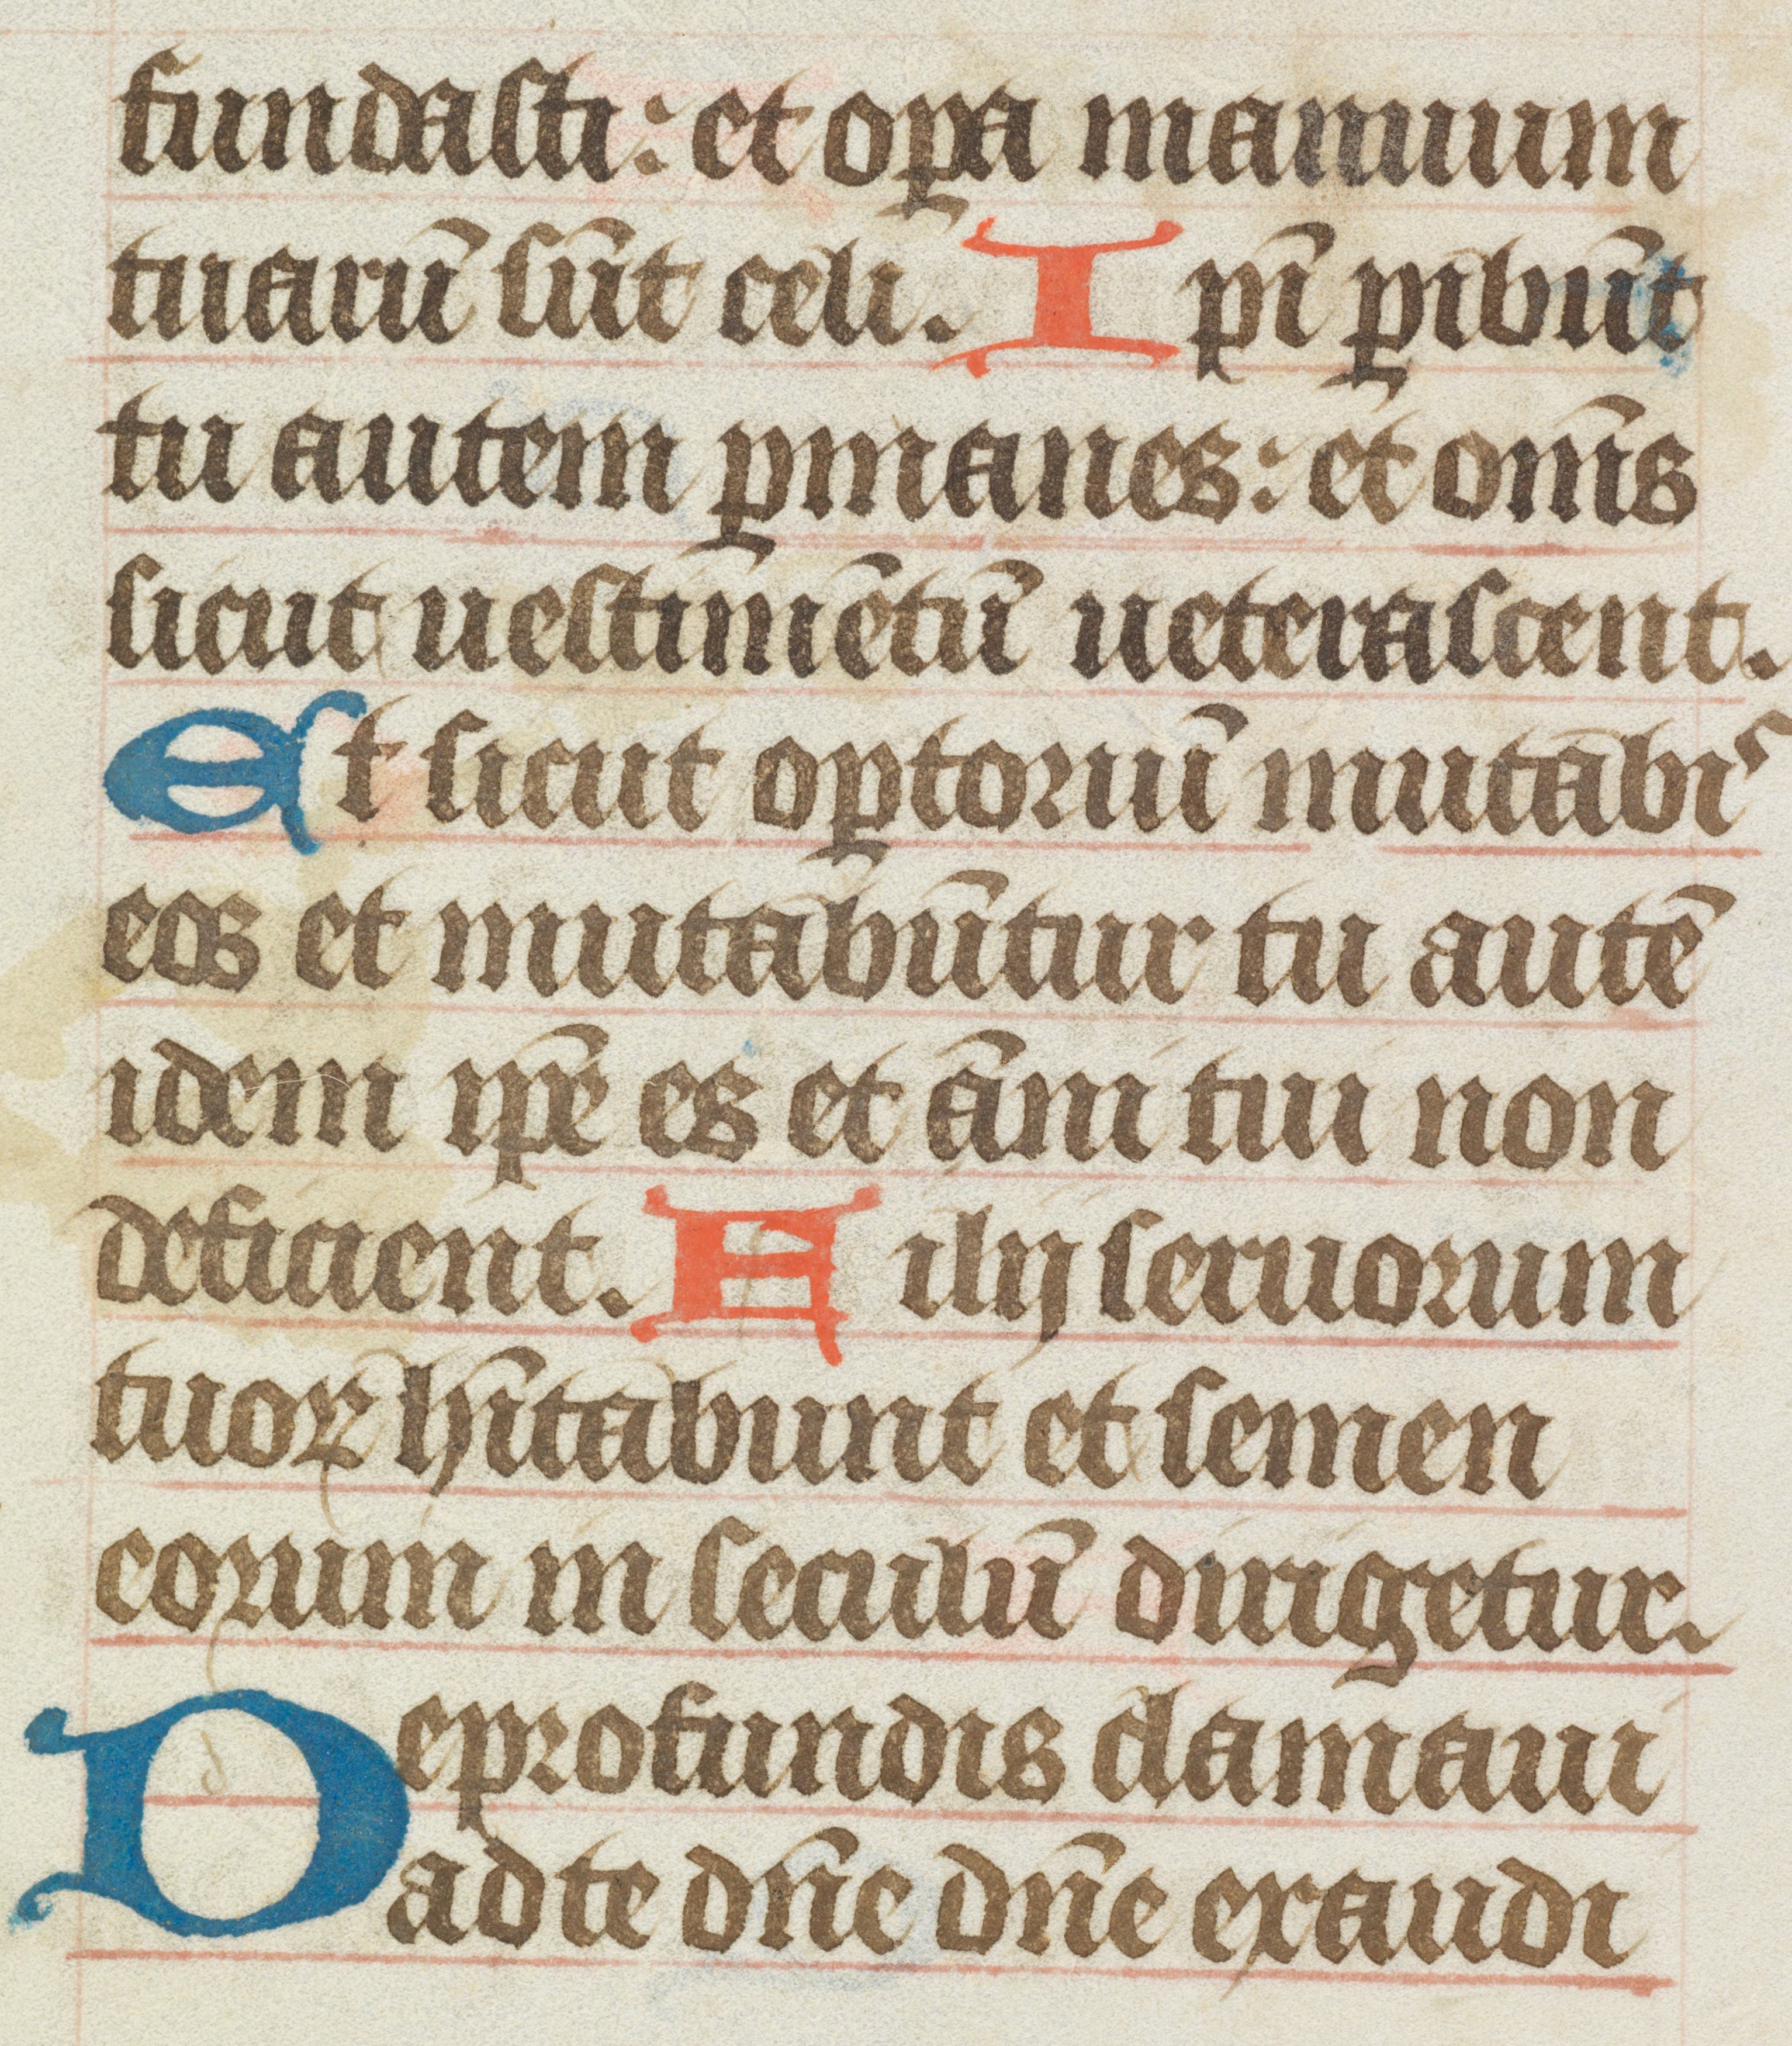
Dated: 1400–1415